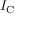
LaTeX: I _ { \mathrm { C } }